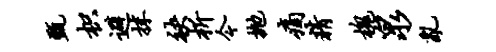
甄枳避抹袂析今抛痛精槐泉乱